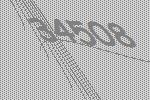
34508